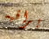
يراقبه